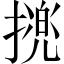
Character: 𢴜